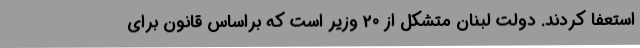
استعفا کردند. دولت لبنان متشکل از 20 وزیر است که براساس قانون برای